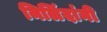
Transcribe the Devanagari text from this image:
मिलिंदांनी